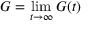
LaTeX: G = \operatorname* { l i m } _ { t \to \infty } G ( t )